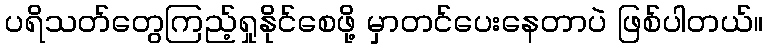
ပရိသတ်တွေကြည့်ရှုနိုင်စေဖို့ မှာတင်ပေးနေတာပဲ ဖြစ်ပါတယ်။